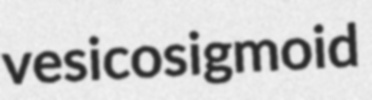
vesicosigmoid